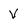
Character: V